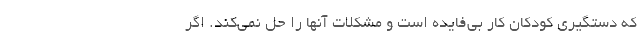
که دستگیری کودکان کار بی‌فایده است و مشکلات آنها را حل نمی‌کند. اگر